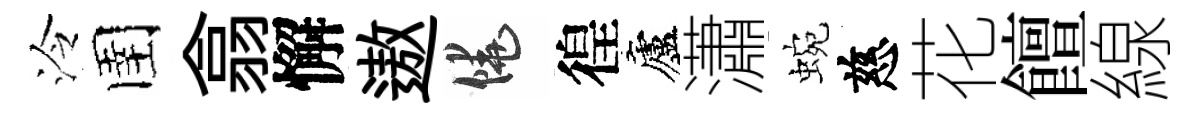
泠圉翕懈遨饒徨廬瀟蜿慈花饘線